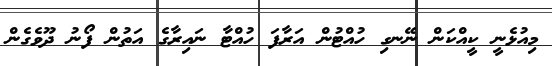
މިއުޅެނީ ކީއްކަން ނޭނގި ހުއްޓުން އަރާފަ ހުއްޓާ ނައިރާގެ އަތުން ފޯނު ދޫވެގެން